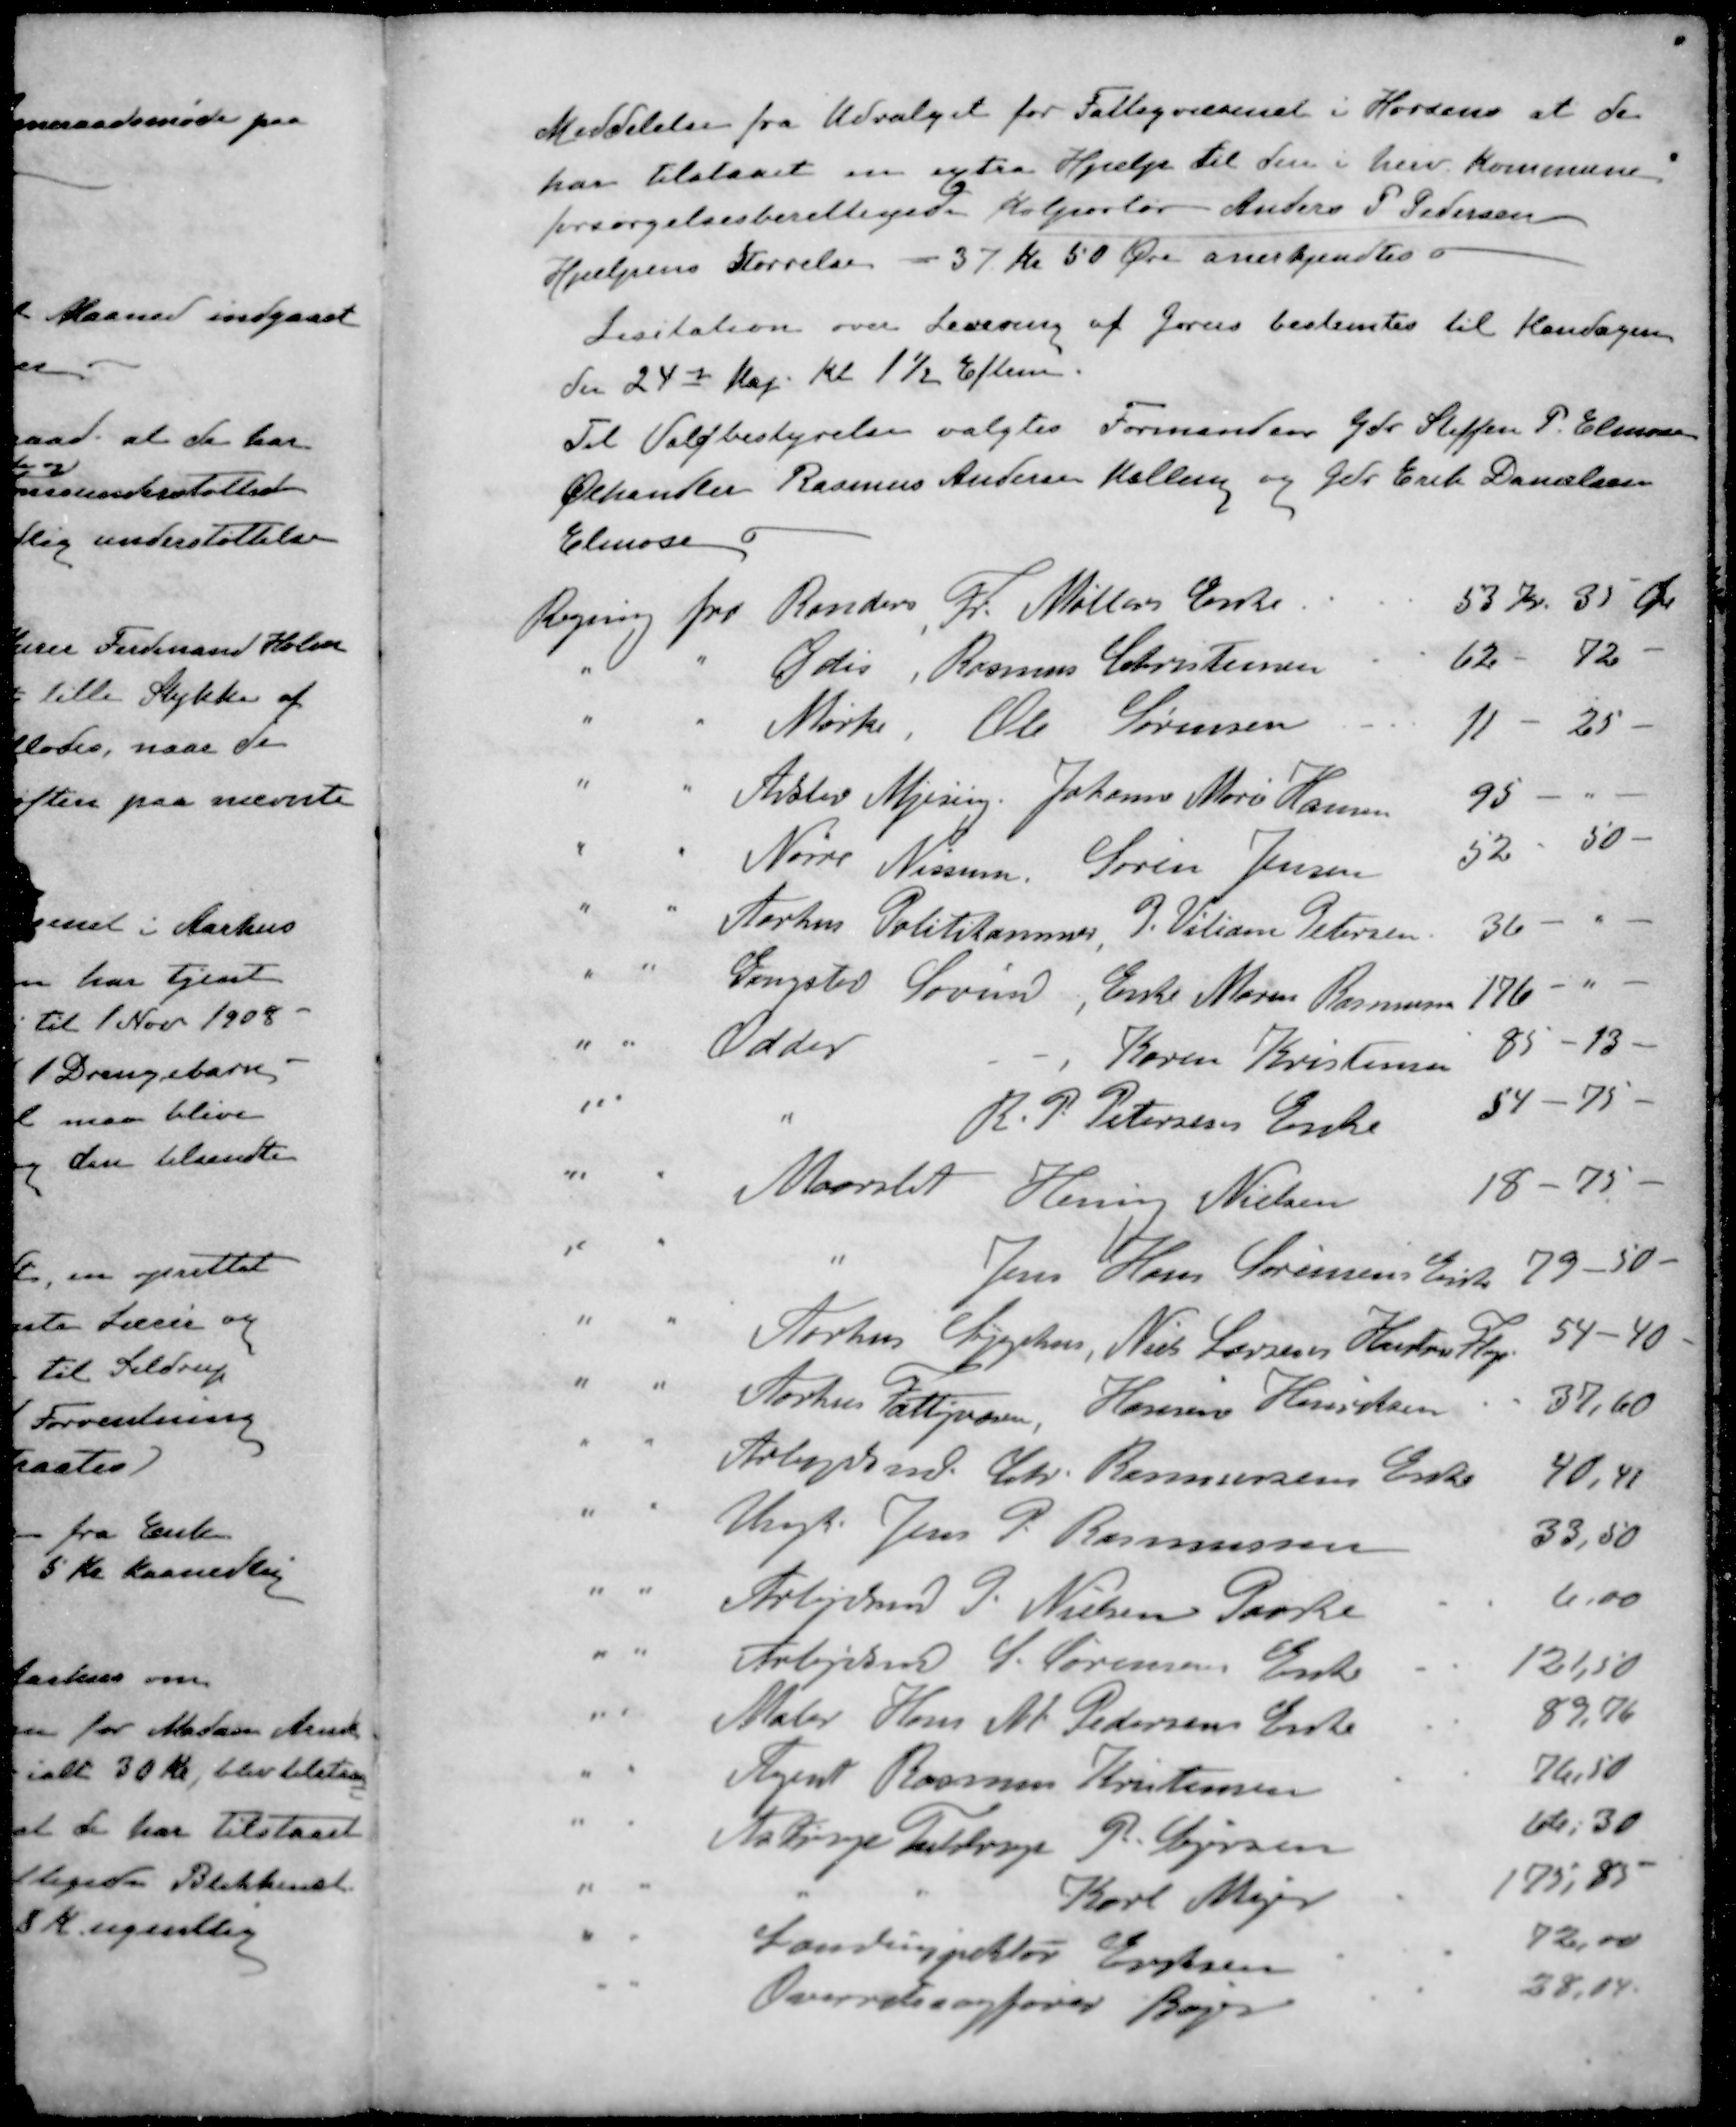
Transskription:
Meddelelse fra Udvalget for Fattigvæsenet i Horsens at de
har tilstaaet en extra Hjælp til den i herv. Kommune
forsørgelsesberettigede Kolportør Anders P Pedersen
Hjælpens Størrelse - 37 Kr 50 Øre anerkjendtes
Licitation over Levering af Grus bestemtes til Mandagen
den 24de Maj. Kl 1½ Efterm.
Til Valgbestyrelse valgtes Formanden Gdr. Steffen P. Elmose
Ølhandler Rasmus Andersen Malling og Gdr Erik Danielsen
Elmose
Regning fra Randers Fr. Møllers Enke
53 Kr. 35 Øre
" " Ødis, Rasmus Christensen
62 - 72
" " Mørke Ole Sørensen
11 - 25.
" " Adslev Mjesing. Johanne Marie Hansen
95 - "
" " Nørre Nissum. Søren Jensen
52 - 50
" " Aarhus Politikammer J. Viliam Petersen
36 - " 
" " Gangsted Søvind, Enke Maren Rasmussen
176 - " -
" " Odder, Karen Kristensen
85-13
" " " R. P. Petersens Enke
54 - 75.
" " Maarslet Henning Nielsen
18 - 75
" " "  Jens Hans Sørensens Enke
79-50
" " Aarhus Sygehus, Niels Larsens Hustru Fløjs
54 - 40
" " Aarhus Fattigvæsen, Hansine Henriksen
37,60
" " Arbejdsm. Chr. Rasmussens Enke
40, 41
" " Ungk. Jens P. Rasmussen
33,50
" " Arbejdsmd P. Nielsen Paaske
6.00
" " Arbejdsmd S. Sørensens Enke
121,50
" " Maler Hans M Pedersens Enke
89,76
" " Agent Rasmus Kristensen
76,50
" " Astrup Tulstrup P. Larsen
66, 30
" " " " Karl Mejer
175,85
" " Landinspektør Eriksen
72,00
" " Overretssagfører Bøge
38,14